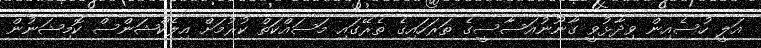
އަލީ ހުސެއިން ވިދާޅުވީ ގާނޫނުއަސާސީގެ ތަރަހައިގެ ތެރޭގައި މަސައްކަތް ކުރުމަށް އިލެކްޝަންސް ކޮމިޝަނުން